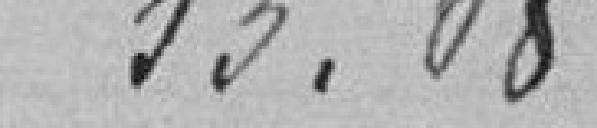
53.08